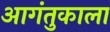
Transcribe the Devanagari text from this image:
आगंतुकाला